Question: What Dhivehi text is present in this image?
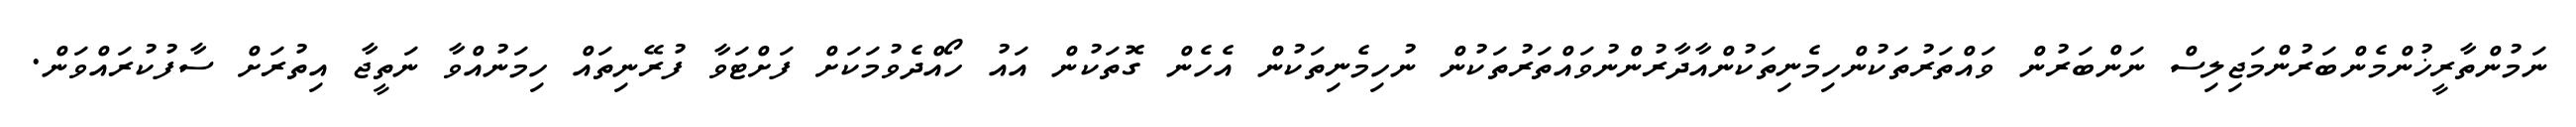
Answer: ނަމުންތާރީޚުންމެންބަރުންމަޖިލިސް ނަންބަރުން ވައްތަރުތަކުންހިމެނިތަކުންއާދާރުންނުވައްތަރުތަކުން ނުހިމެނިތަކުން އެހެން ގޮތަކުން އައު ހޯއްދެވުމަކަށް ފަށްޓަވާ ފުރޭނިތައް ހިމަނުއްވާ ނަތީޖާ އިތުރަށް ސާފުކުރައްވަން.